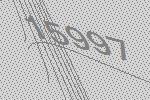
15997